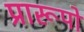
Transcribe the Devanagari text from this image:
प्रारूपो